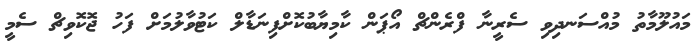
މައުލޫމާތު މުއްސަނދިވި ސެރީނާ ފްރެންޗް އޯޕަން ކާމިޔާބުކޮށްފިނަޑާލް ކަޓުުވާލުމަށް ފަހު ޖޮކޮވިޗް ސެމީ